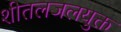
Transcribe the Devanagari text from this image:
शीतलजलयुक्त